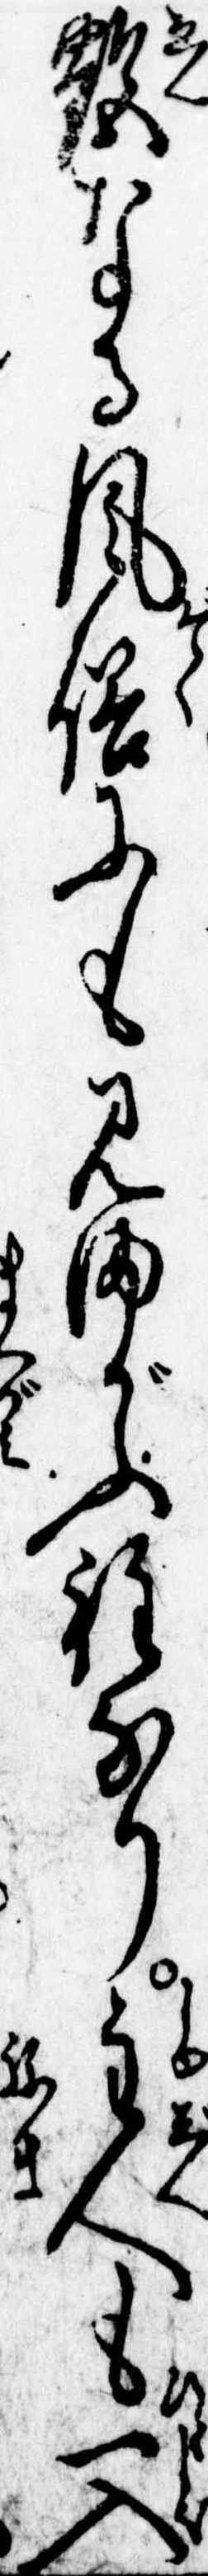
艶なる風俗にも見まがふ程なり主人も一入